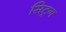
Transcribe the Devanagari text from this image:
सिट्रन